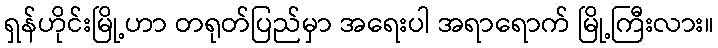
ရှန်ဟိုင်းမြို့ဟာ တရုတ်ပြည်မှာ အရေးပါ အရာရောက် မြို့ကြီးလား။